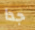
جدا